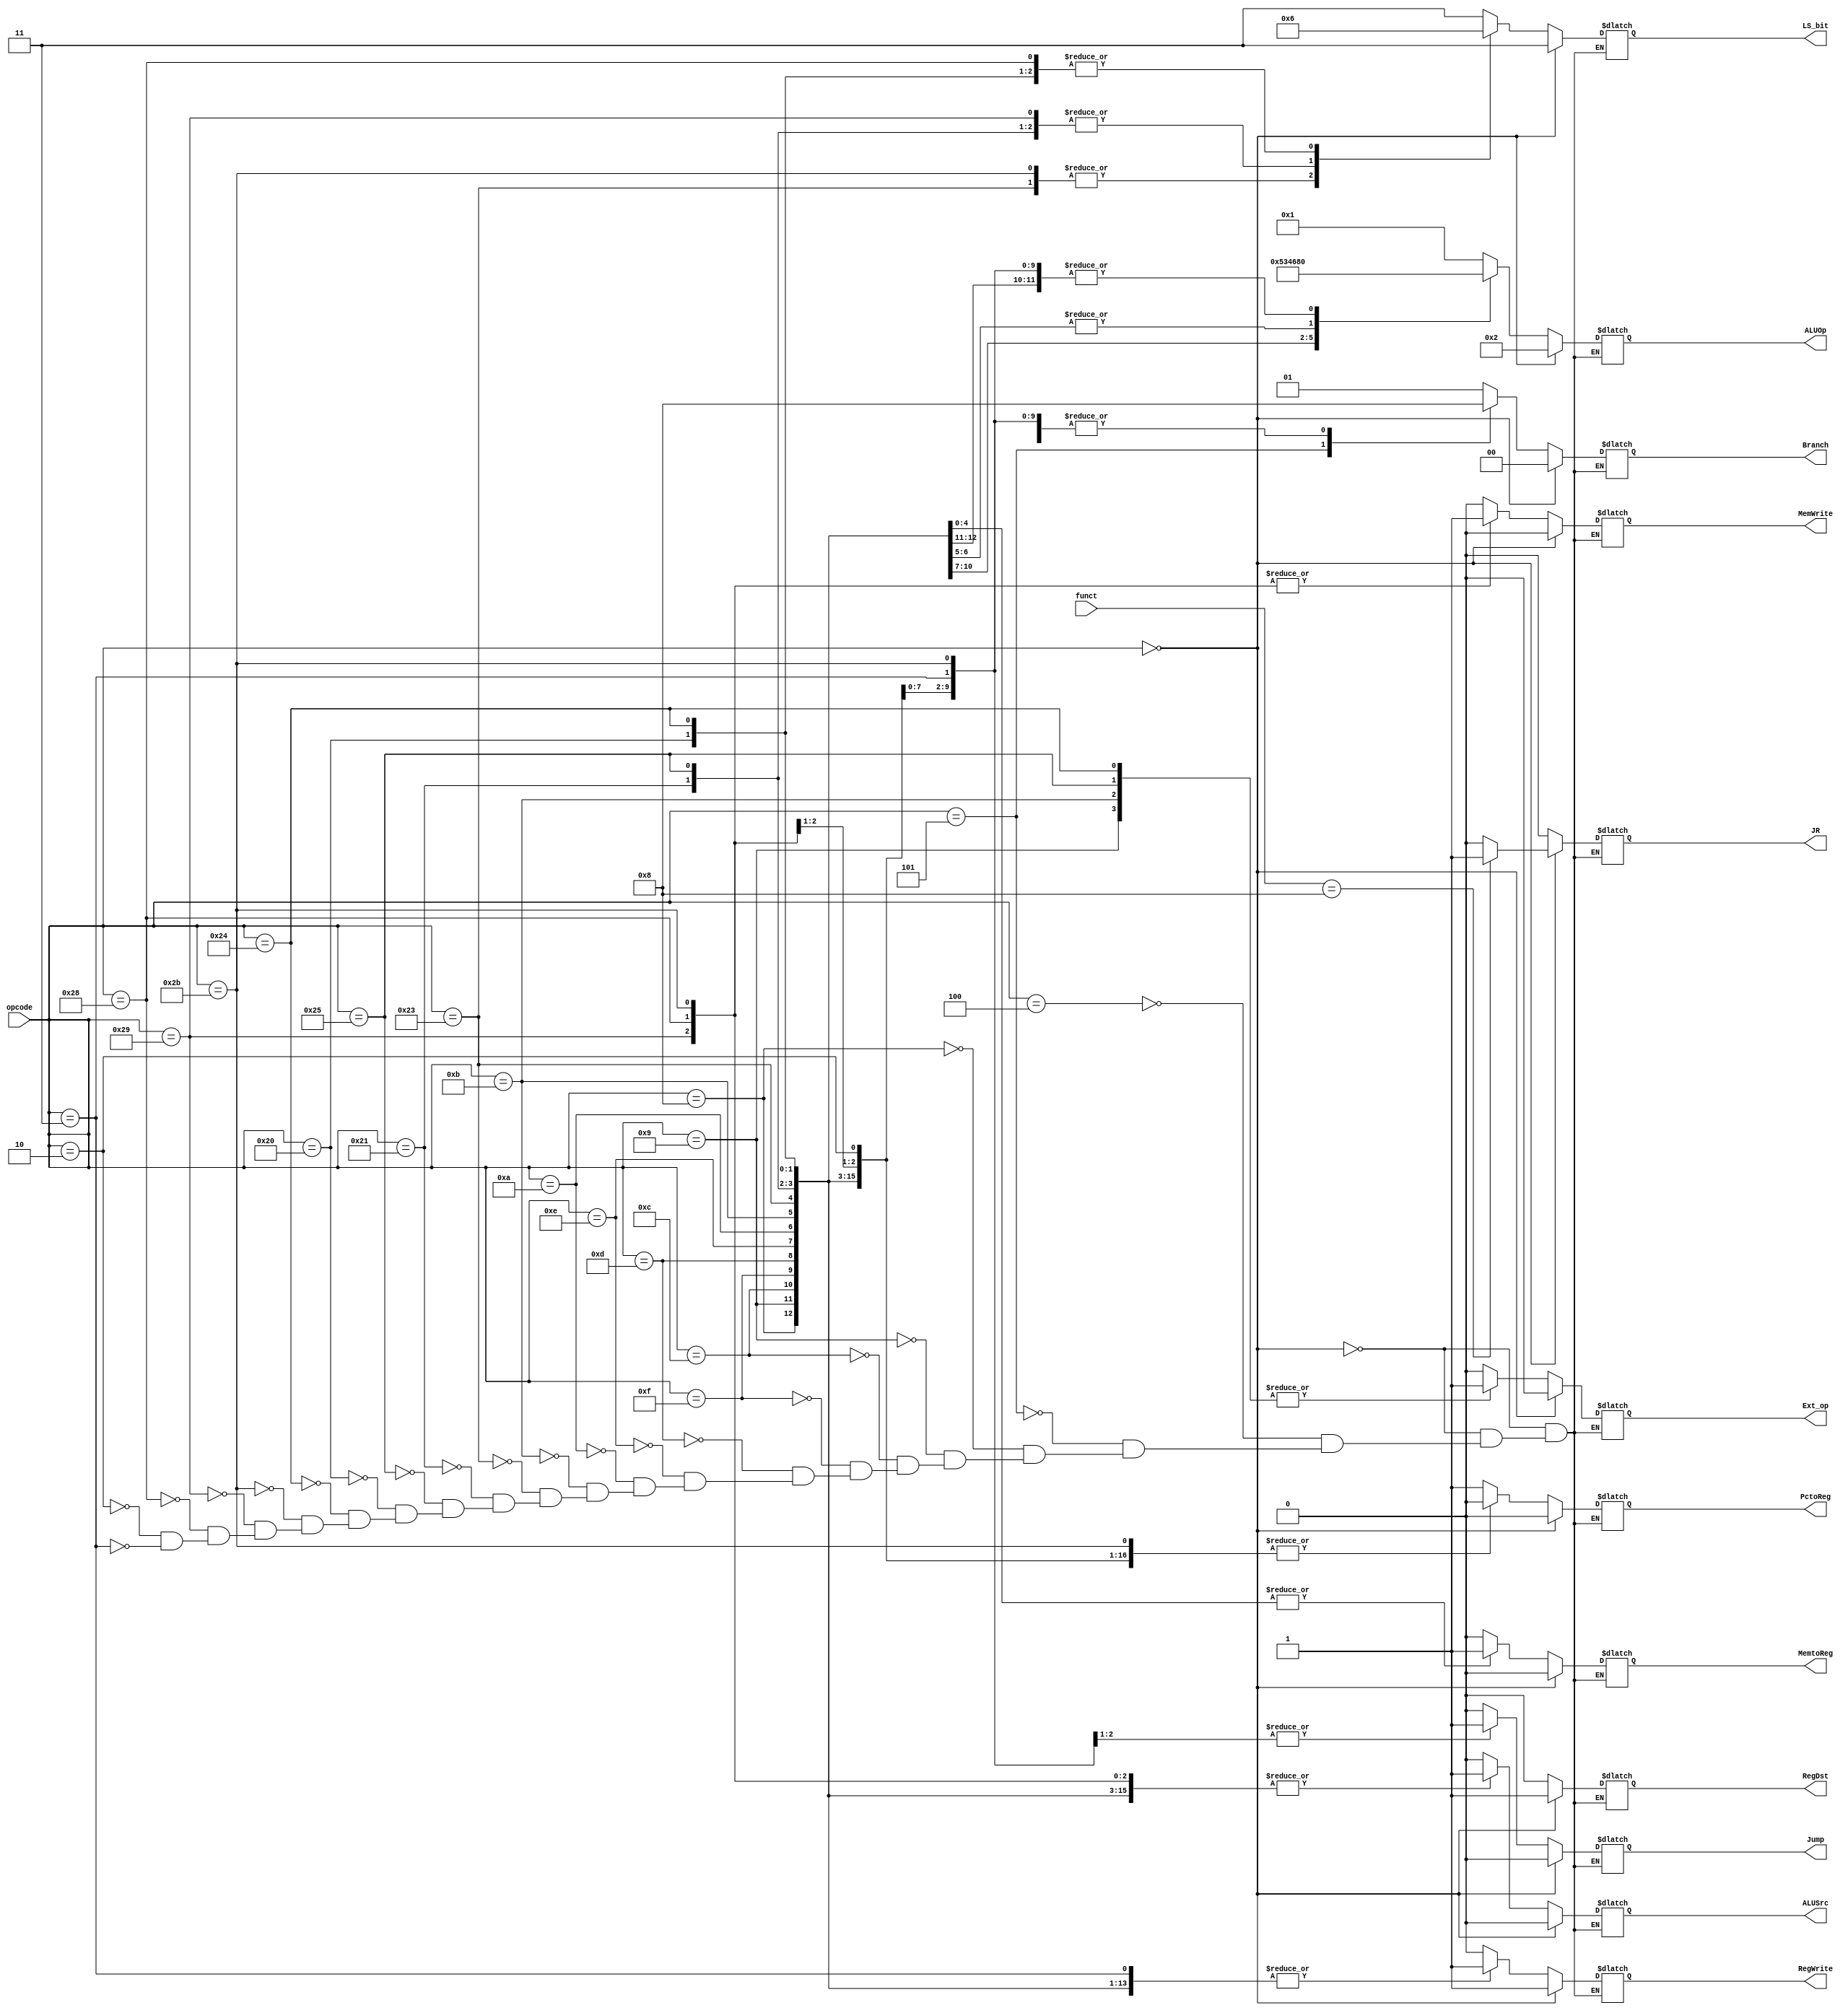
module controller(
    opcode, 
    funct,
    LS_bit,
    RegDst, 
    Branch, 
    MemtoReg, 
    ALUOp, 
    MemWrite, 
    ALUSrc, 
    RegWrite, 
    Jump, 
    Ext_op, 
    PctoReg,
    JR
    );

    input      [ 5: 0] opcode;         // 6-bit opcode, which is instr[31:26]         
    input      [ 5: 0] funct;

    // outputs are all signals
    output reg [ 1: 0] LS_bit;          // 00 : word         01 : half word   10 : byte
    output reg         RegDst;   
    output reg [ 1: 0] Branch;          // 00 : not branch   01 : beq         10 : bne
    output reg         MemtoReg;
    output reg [ 3: 0] ALUOp;
    output reg         MemWrite;
    output reg         ALUSrc;
    output reg         RegWrite;
    output reg         Jump;
    output reg         Ext_op;
    output reg         PctoReg;
    output reg         JR;

    // for easy use 
    `define SIGNAL {LS_bit, RegDst, Branch, MemtoReg, ALUSrc, ALUOp, MemWrite, RegWrite, Jump, Ext_op, PctoReg, JR}
    parameter T = 1'b1;
    parameter F = 1'b0;

    /* opcode field */
    parameter opcode_is_RType  = 6'b000000;

    // conditional transfer
    parameter opcode_is_BEQ    = 6'b000100;
    parameter opcode_is_BNE    = 6'b000101;

    // I type R op
    parameter opcode_is_ADDI   = 6'b001000;
    parameter opcode_is_ADDIU  = 6'b001001;
    parameter opcode_is_ANDI   = 6'b001100;
    parameter opcode_is_LUI    = 6'b001111;
    parameter opcode_is_ORI    = 6'b001101;
    parameter opcode_is_XORI   = 6'b001110;
    parameter opcode_is_SLTI   = 6'b001010;
    parameter opcode_is_SLTIU  = 6'b001011;

    // load and save
    parameter opcode_is_LW     = 6'b100011;
    parameter opcode_is_LH     = 6'b100001; 
    parameter opcode_is_LHU    = 6'b100101;
    parameter opcode_is_LB     = 6'b100000;
    parameter opcode_is_LBU    = 6'b100100;
    parameter opcode_is_SW     = 6'b101011;
    parameter opcode_is_SH     = 6'b101001;
    parameter opcode_is_SB     = 6'b101000;

    // J Type
    parameter opcode_is_J      = 6'b000010;
    parameter opcode_is_JAL    = 6'b000011;


    parameter WORD  = 2'b00;
    parameter HALF  = 2'b01;
    parameter BYTE  = 2'b10; 
    parameter NONE  = 2'b11;


    /* SIGNAL :

        LS_bit, RegDst, Branch, MemtoReg, ALUSrc, ALUOp, MemWrite, RegWrite, Jump, Ext_op, PctoReg, JR
    
    */
    always @(*) 
    begin
        if (opcode == opcode_is_RType)    // R type operation, use funct
            if (funct == 6'b001000)         // this the funct code of jr
                `SIGNAL = {NONE, T, 2'b00, F, F, 4'b0010, F, T, F, F, F, T};
            else 
                `SIGNAL = {NONE, T, 2'b00, F, F, 4'b0010, F, T, F, F, F, F};        
        else
            case(opcode) 
        /*
                About ALUOp of I type and J type:
                0010: R type
                0000: use add
                0001: use minus
                0011: load to upper 16-bit
                0101: use and
                0100: use or
                0110: use xor
                1010: use nor
                1000: use slt
        */
                opcode_is_BEQ   : `SIGNAL = {NONE, F, 2'b01, F, F, 4'b0001, F, F, F, F, T, F};
                opcode_is_BNE   : `SIGNAL = {NONE, F, 2'b10, F, F, 4'b0001, F, F, F, F, T, F};

                opcode_is_ADDI  : `SIGNAL = {NONE, F, 2'b00, F, T, 4'b0000, F, T, F, F, F, F};
                opcode_is_ADDIU : `SIGNAL = {NONE, F, 2'b00, F, T, 4'b0000, F, T, F, T, F, F};
                opcode_is_ANDI  : `SIGNAL = {NONE, F, 2'b00, F, T, 4'b0101, F, T, F, F, F, F};
                opcode_is_LUI   : `SIGNAL = {NONE, F, 2'b00, F, T, 4'b0011, F, T, F, F, F, F};
                opcode_is_ORI   : `SIGNAL = {NONE, F, 2'b00, F, T, 4'b0100, F, T, F, F, F, F};
                opcode_is_XORI  : `SIGNAL = {NONE, F, 2'b00, F, T, 4'b0110, F, T, F, F, F, F};
                opcode_is_SLTI  : `SIGNAL = {NONE, F, 2'b00, F, T, 4'b1000, F, T, F, F, F, F};
                opcode_is_SLTIU : `SIGNAL = {NONE, F, 2'b00, F, T, 4'b1000, F, T, F, T, F, F};
                
                opcode_is_LW    : `SIGNAL = {WORD, F, 2'b00, T, T, 4'b0000, F, T, F, F, F, F};
                opcode_is_LH    : `SIGNAL = {HALF, F, 2'b00, T, T, 4'b0000, F, T, F, F, F, F};
                opcode_is_LHU   : `SIGNAL = {HALF, F, 2'b00, T, T, 4'b0000, F, T, F, T, F, F};
                opcode_is_LB    : `SIGNAL = {BYTE, F, 2'b00, T, T, 4'b0000, F, T, F, F, F, F};
                opcode_is_LBU   : `SIGNAL = {BYTE, F, 2'b00, T, T, 4'b0000, F, T, F, T, F, F};
                opcode_is_SW    : `SIGNAL = {WORD, F, 2'b00, F, T, 4'b0000, T, F, F, F, F, F};
                opcode_is_SH    : `SIGNAL = {HALF, F, 2'b00, F, T, 4'b0000, T, F, F, F, F, F};
                opcode_is_SB    : `SIGNAL = {BYTE, F, 2'b00, F, T, 4'b0000, T, F, F, F, F, F};
    
                opcode_is_J     : `SIGNAL = {NONE, F, 2'b00, F, F, 4'b0000, F, F, T, F, F, F};
                opcode_is_JAL   : `SIGNAL = {NONE, F, 2'b00, F, F, 4'b0000, F, T, T, F, T, F};
            endcase    
    end
endmodule



/*
    jal: R[31] = PC + 8;, PC = jumpAddr
*/